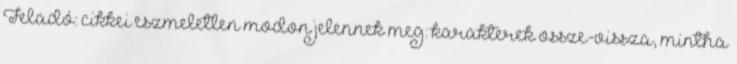
Feladó: cikkei eszmeletlen modon jelennek meg: karakterek ossze-vissza, mintha